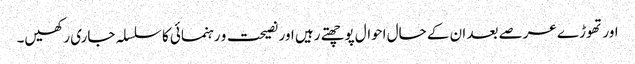
اور تھوڑے عرصے بعد ان کے حال احوال پوچھتے رہیں اور نصیحت و رہنمائی کا سلسلہ جاری رکھیں۔